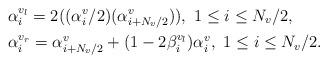
LaTeX: \begin{align*}&\alpha_i^{v_l} = 2 ((\alpha_i^{v}/2) (\alpha^v_{i+N_{v}/2})), \ 1\leq i \leq N_v/2,\\&\alpha_i^{v_r} = \alpha^v_{i+N_v/2}+ (1-2\beta^{v_l}_i) \alpha^v_i, \ 1\leq i \leq N_v/2.\end{align*}